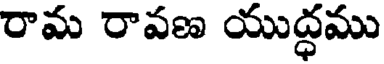
రామ రావణ యుద్ధము